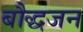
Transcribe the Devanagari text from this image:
बौद्धजन